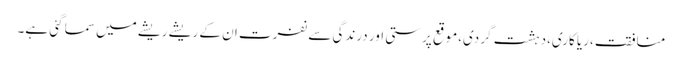
منافقت،ریا کاری،دہشت گردی،موقع پرستی اور درندگی سے نفرت ان کے ریشے ریشے میں سما گئی ہے۔